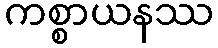
ကစ္စာယနဿ